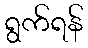
ရွက်ရန်